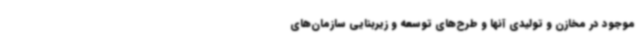
موجود در مخازن و تولیدی آنها و طرح‌های توسعه و زیربنایی سازمان‌های